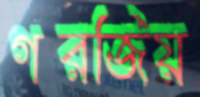
গরজিয়